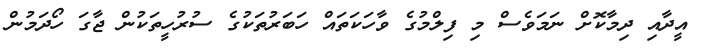
އީދާއި ދިމާކޮށް ނަމަވެސް މި ފިލްމުގެ ވާހަކަތައް ހަބަރުތަކުގެ ސުރުހީތަކުން ޖާގަ ހޯދަމުން